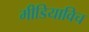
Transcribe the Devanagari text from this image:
मीडियाविच